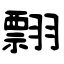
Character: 翲